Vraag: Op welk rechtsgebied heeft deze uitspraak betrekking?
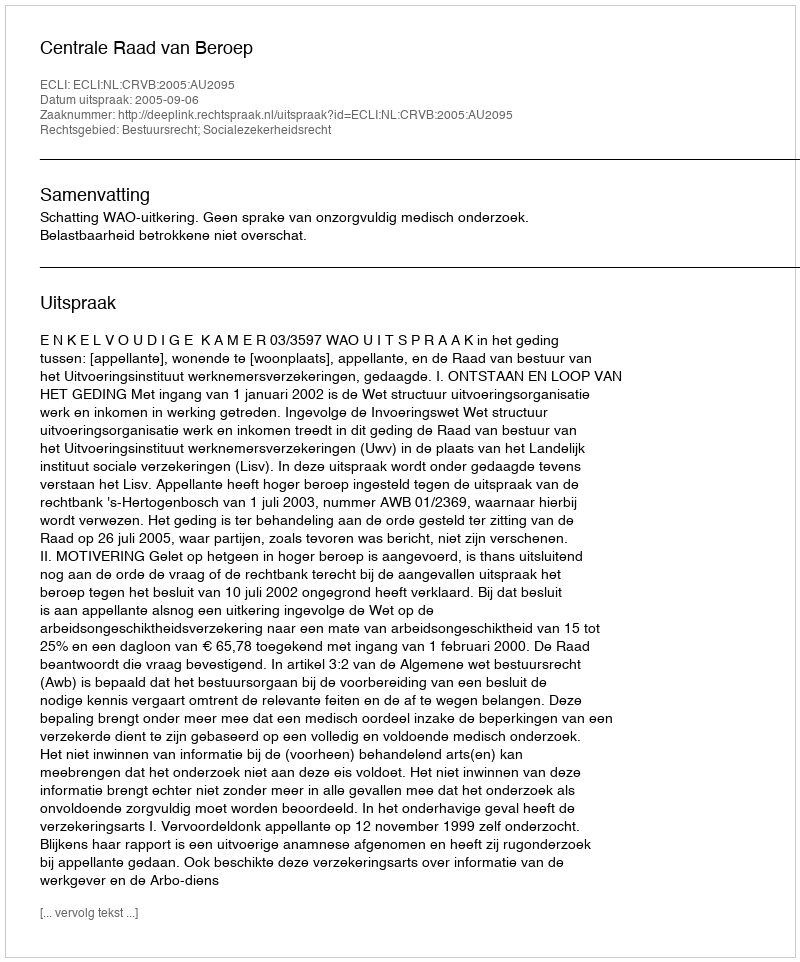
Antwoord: Bestuursrecht; Socialezekerheidsrecht